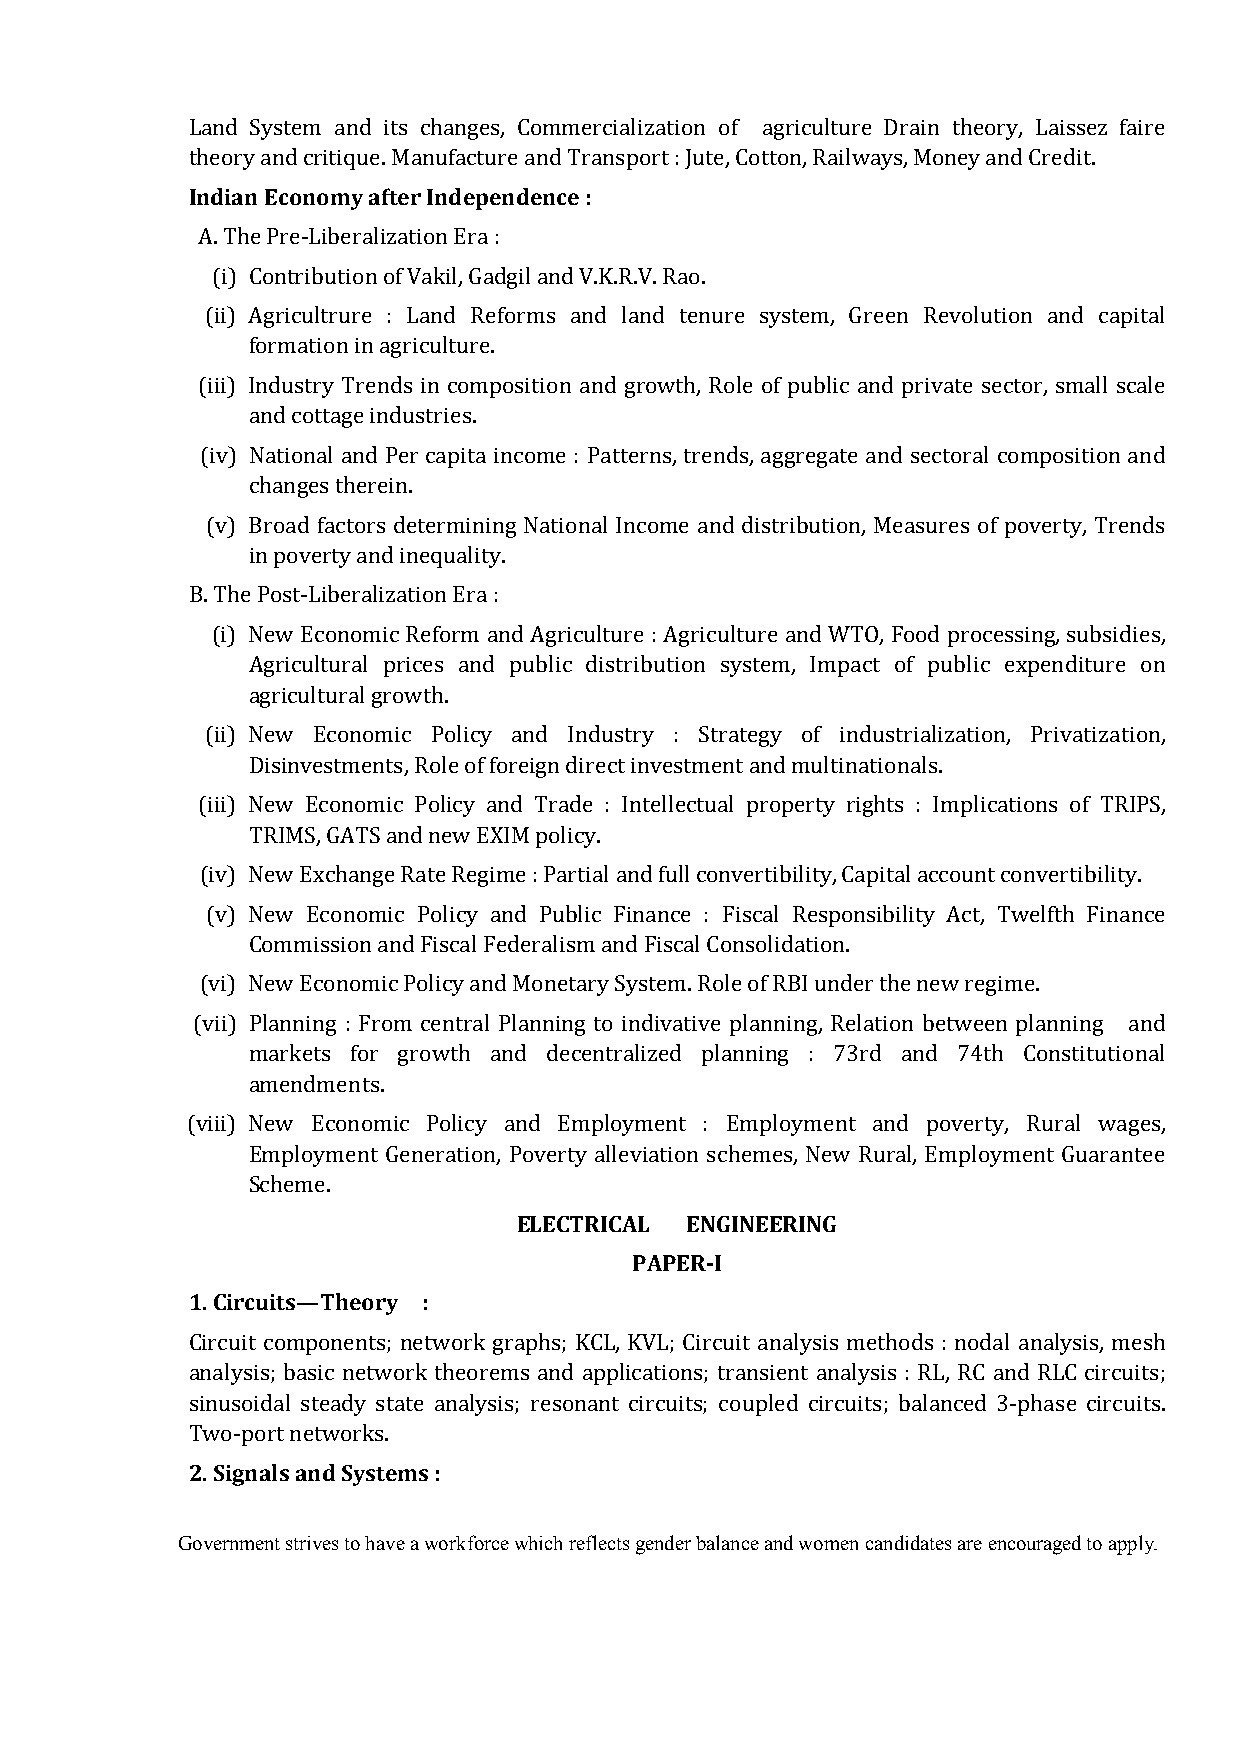
Land System and its changes, Commercialization of agriculture Drain theory, Laissez faire
 Indian Economy after Independence :
 theory and critique. Manufacture and Transport : Jute, Cotton, Railways, Money and Credit.
 A. The Pre-Liberalization Era :
 (i) Contribution of Vakil, Gadgil and V.K.R.V. Rao.
 (ii) Agricultrure : Land Reforms and land tenure system, Green Revolution and capital
 formation in agriculture.
 (iii) Industry Trends in composition and growth, Role of public and private sector, small scale
 and cottage industries.
 (iv) National and Per capita income : Patterns, trends, aggregate and sectoral composition and
 changes therein.
 (v) Broad factors determining National Income and distribution, Measures of poverty, Trends
 in poverty and inequality.
 B. The Post-Liberalization Era :
 (i) New Economic Reform and Agriculture : Agriculture and WTO, Food processing, subsidies,
 Agricultural prices and public distribution system, Impact of public expenditure on
 agricultural growth.
 (ii) New Economic Policy and Industry : Strategy of industrialization, Privatization,
 Disinvestments, Role of foreign direct investment and multinationals.
 (iii) New Economic Policy and Trade : Intellectual property rights : Implications of TRIPS,
 TRIMS, GATS and new EXIM policy.
 (iv) New Exchange Rate Regime : Partial and full convertibility, Capital account convertibility.
 (v) New Economic Policy and Public Finance : Fiscal Responsibility Act, Twelfth Finance
 Commission and Fiscal Federalism and Fiscal Consolidation.
 (vi) New Economic Policy and Monetary System. Role of RBI under the new regime.
 (vii) Planning : From central Planning to indivative planning, Relation between planning and
 markets for growth and decentralized planning : 73rd and 74th Constitutional
 amendments.
 (viii) New Economic Policy and Employment : Employment and poverty, Rural wages,
 Employment Generation, Poverty alleviation schemes, New Rural, Employment Guarantee
 ELECTRICAL ENGINEERING
 Scheme.
 PAPER-I
 1. Circuits—Theory :
 Circuit components; network graphs; KCL, KVL; Circuit analysis methods : nodal analysis, mesh
 analysis; basic network theorems and applications; transient analysis : RL, RC and RLC circuits;
 sinusoidal steady state analysis; resonant circuits; coupled circuits; balanced 3-phase circuits.
 2. Signals and Systems :
 Two-port networks.
 Government strives to have a workforce which reflects gender balance and women candidates are encouraged to apply.